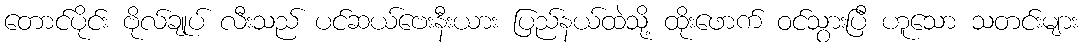
တောင်ပိုင်း ဗိုလ်ချုပ် လီးသည် ပင်ဆယ်ဗေးနီးယား ပြည်နယ်ထဲသို့ ထိုးဖောက် ဝင်သွားပြီ ဟူသော သတင်းများ